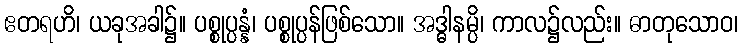
ဧတရဟိ၊ ယခုအခါ၌။ ပစ္စုပ္ပန္နံ၊ ပစ္စုပ္ပန်ဖြစ်သော။ အဒ္ဓါနမ္ပိ၊ ကာလ၌လည်း။ ဓာတုသောဝ၊